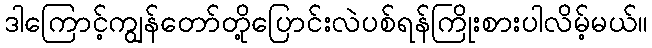
ဒါကြောင့်ကျွန်တော်တို့ပြောင်းလဲပစ်ရန်ကြိုးစားပါလိမ့်မယ်။